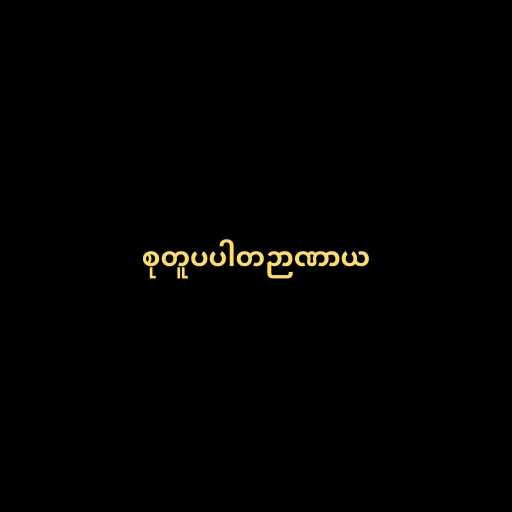
စုတူပပါတဉာဏာယ